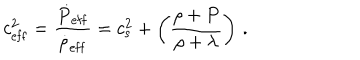
LaTeX: c _ { \mathrm { e f f } } ^ { 2 } = { \frac { \dot { P } _ { \mathrm { e f f } } } { \dot { \rho } _ { \mathrm { e f f } } } } = c _ { \mathrm { s } } ^ { 2 } + \left( { \frac { \rho + P } { \rho + \lambda } } \right) \, .